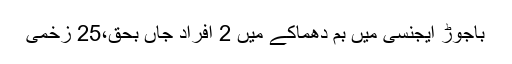
باجوڑ ایجنسی میں بم دھماکے میں 2 افراد جاں بحق،25 زخمی